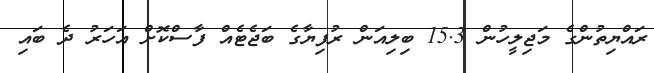
ރައްޔިތުންގެ މަޖިލީހުން 15.3 ބިލިއަން ރުފިޔާގެ ބަޖެޓެއް ފާސްކޮށް އަހަރު ދެ ބައި